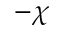
- \chi